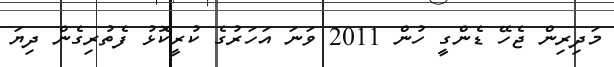
މަދިރިން ޖެހޭ ޑެންގީ ހުން 2011 ވަނަ އަހަރުގެ ކުރީކޮޅު ފެތުރިގެން ދިޔަ